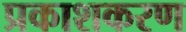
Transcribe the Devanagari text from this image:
प्रकाशकरण